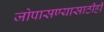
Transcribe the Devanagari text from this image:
जोपासण्यासाठीही